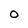
Character: O